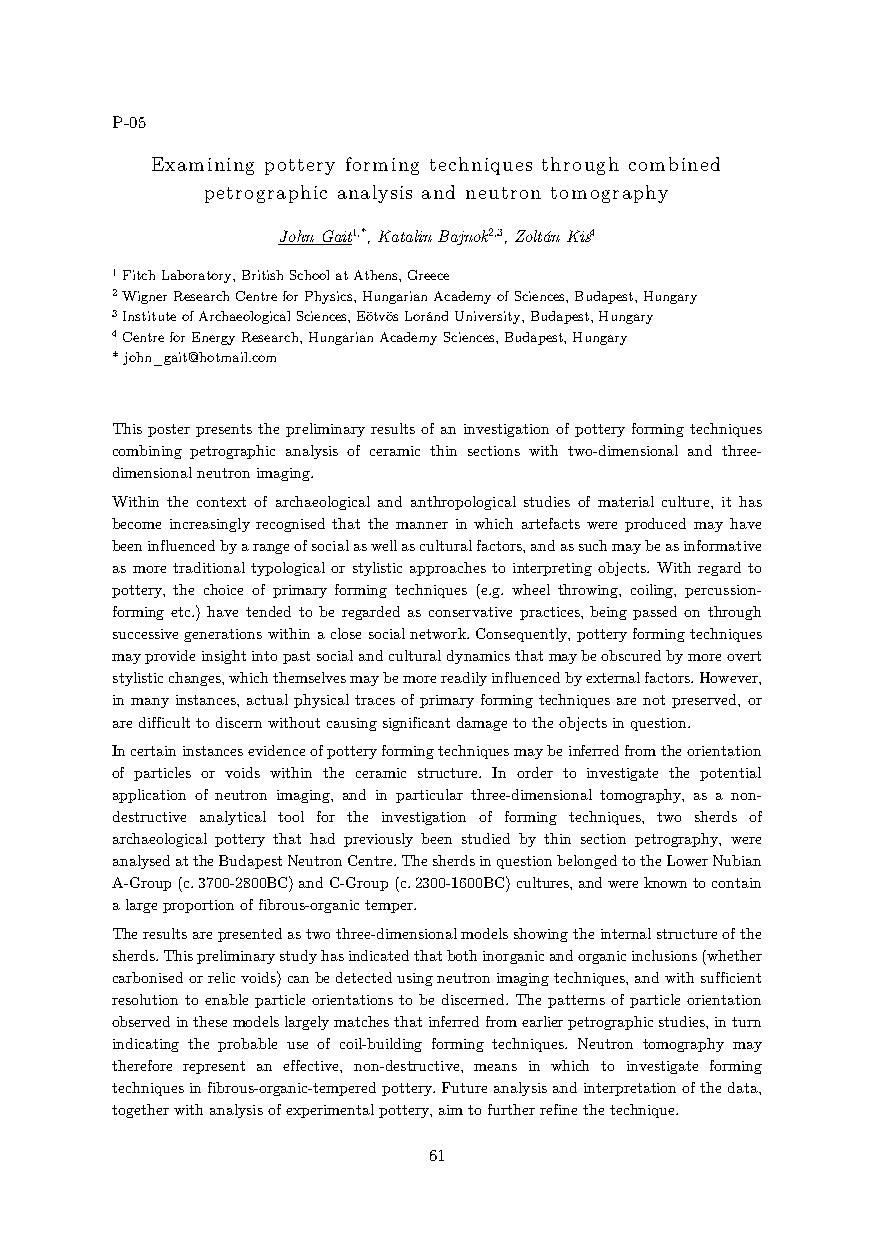
P-05
 Examining pottery forming techniques through combined
 petrographic analysis and neutron tomography
 John Gait1,*, Katalin Bajnok2,3, Zoltán Kis4
 1 Fitch Laboratory, British School at Athens, Greece
 2 Wigner Research Centre for Physics, Hungarian Academy of Sciences, Budapest, Hungary
 3 Institute of Archaeological Sciences, Eötvös Loránd University, Budapest, Hungary
 4 Centre for Energy Research, Hungarian Academy Sciences, Budapest, Hungary
 * john_gait@hotmail.com
 This poster presents the preliminary results of an investigation of pottery forming techniques
 combining petrographic analysis of ceramic thin sections with two-dimensional and three-
 dimensional neutron imaging.
 Within the context of archaeological and anthropological studies of material culture, it has
 become increasingly recognised that the manner in which artefacts were produced may have
 been influenced by a range of social as well as cultural factors, and as such may be as informative
 as more traditional typological or stylistic approaches to interpreting objects. With regard to
 pottery, the choice of primary forming techniques (e.g. wheel throwing, coiling, percussion-
 forming etc.) have tended to be regarded as conservative practices, being passed on through
 successive generations within a close social network. Consequently, pottery forming techniques
 may provide insight into past social and cultural dynamics that may be obscured by more overt
 stylistic changes, which themselves may be more readily influenced by external factors. However,
 in many instances, actual physical traces of primary forming techniques are not preserved, or
 are difficult to discern without causing significant damage to the objects in question.
 In certain instances evidence of pottery forming techniques may be inferred from the orientation
 of particles or voids within the ceramic structure. In order to investigate the potential
 application of neutron imaging, and in particular three-dimensional tomography, as a non-
 destructive analytical tool for the investigation of forming techniques, two sherds of
 archaeological pottery that had previously been studied by thin section petrography, were
 analysed at the Budapest Neutron Centre. The sherds in question belonged to the Lower Nubian
 A-Group (c. 3700-2800BC) and C-Group (c. 2300-1600BC) cultures, and were known to contain
 a large proportion of fibrous-organic temper.
 The results are presented as two three-dimensional models showing the internal structure of the
 sherds. This preliminary study has indicated that both inorganic and organic inclusions (whether
 carbonised or relic voids) can be detected using neutron imaging techniques, and with sufficient
 resolution to enable particle orientations to be discerned. The patterns of particle orientation
 observed in these models largely matches that inferred from earlier petrographic studies, in turn
 indicating the probable use of coil-building forming techniques. Neutron tomography may
 therefore represent an effective, non-destructive, means in which to investigate forming
 techniques in fibrous-organic-tempered pottery. Future analysis and interpretation of the data,
 together with analysis of experimental pottery, aim to further refine the technique.
 61